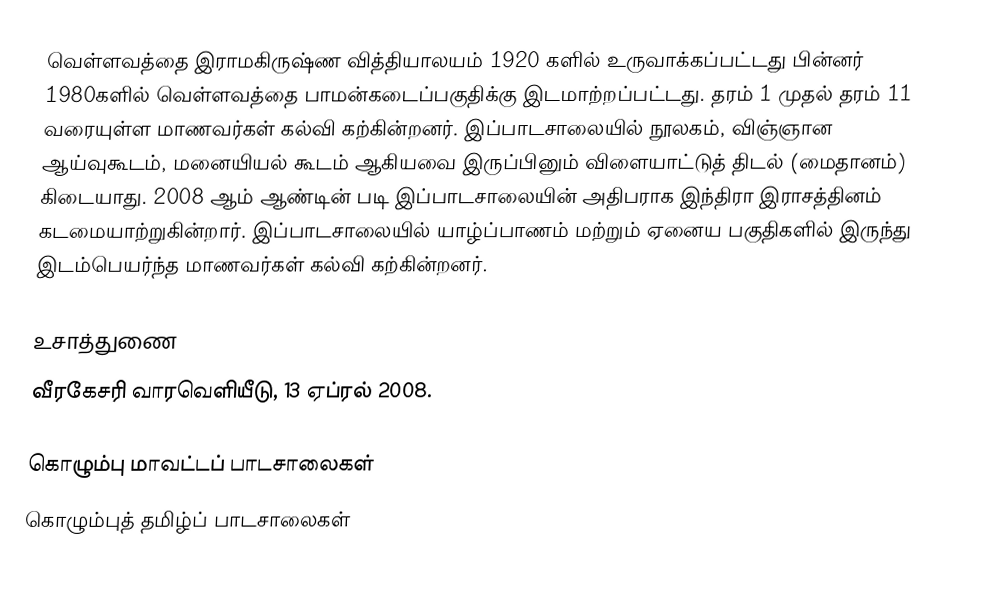
வெள்ளவத்தை இராமகிருஷ்ண வித்தியாலயம் 1920 களில் உருவாக்கப்பட்டது பின்னர் 1980களில் வெள்ளவத்தை பாமன்கடைப்பகுதிக்கு இடமாற்றப்பட்டது. தரம் 1 முதல் தரம் 11 வரையுள்ள மாணவர்கள் கல்வி கற்கின்றனர். இப்பாடசாலையில் நூலகம், விஞ்ஞான ஆய்வுகூடம், மனையியல் கூடம் ஆகியவை இருப்பினும் விளையாட்டுத் திடல் (மைதானம்) கிடையாது. 2008 ஆம் ஆண்டின் படி இப்பாடசாலையின் அதிபராக இந்திரா இராசத்தினம் கடமையாற்றுகின்றார். இப்பாடசாலையில் யாழ்ப்பாணம் மற்றும் ஏனைய பகுதிகளில் இருந்து இடம்பெயர்ந்த மாணவர்கள் கல்வி கற்கின்றனர்.

உசாத்துணை
வீரகேசரி வாரவெளியீடு, 13 ஏப்ரல் 2008.

கொழும்பு மாவட்டப் பாடசாலைகள்
கொழும்புத் தமிழ்ப் பாடசாலைகள்